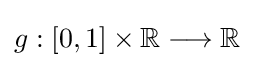
g:[0,1]\times \mathbb {R} \longrightarrow \mathbb {R}